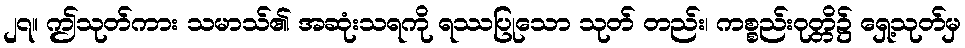
၂၇။ ဤသုတ်ကား သမာသ်၏ အဆုံးသရကို ရဿပြုသော သုတ် တည်း၊ ကစ္စည်းဝုတ္တိ၌ ရှေ့သုတ်မှ